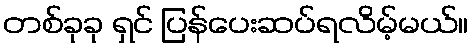
တစ်ခုခု ရှင် ပြန်ပေးဆပ်ရလိမ့်မယ်။